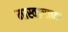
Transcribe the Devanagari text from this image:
मास्वड्याच्या